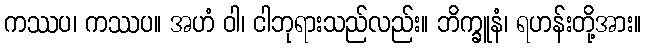
ကဿပ၊ ကဿပ။ အဟံ ဝါ၊ ငါဘုရားသည်လည်း။ ဘိက္ခူနံ၊ ရဟန်းတို့အား။